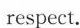
respect.